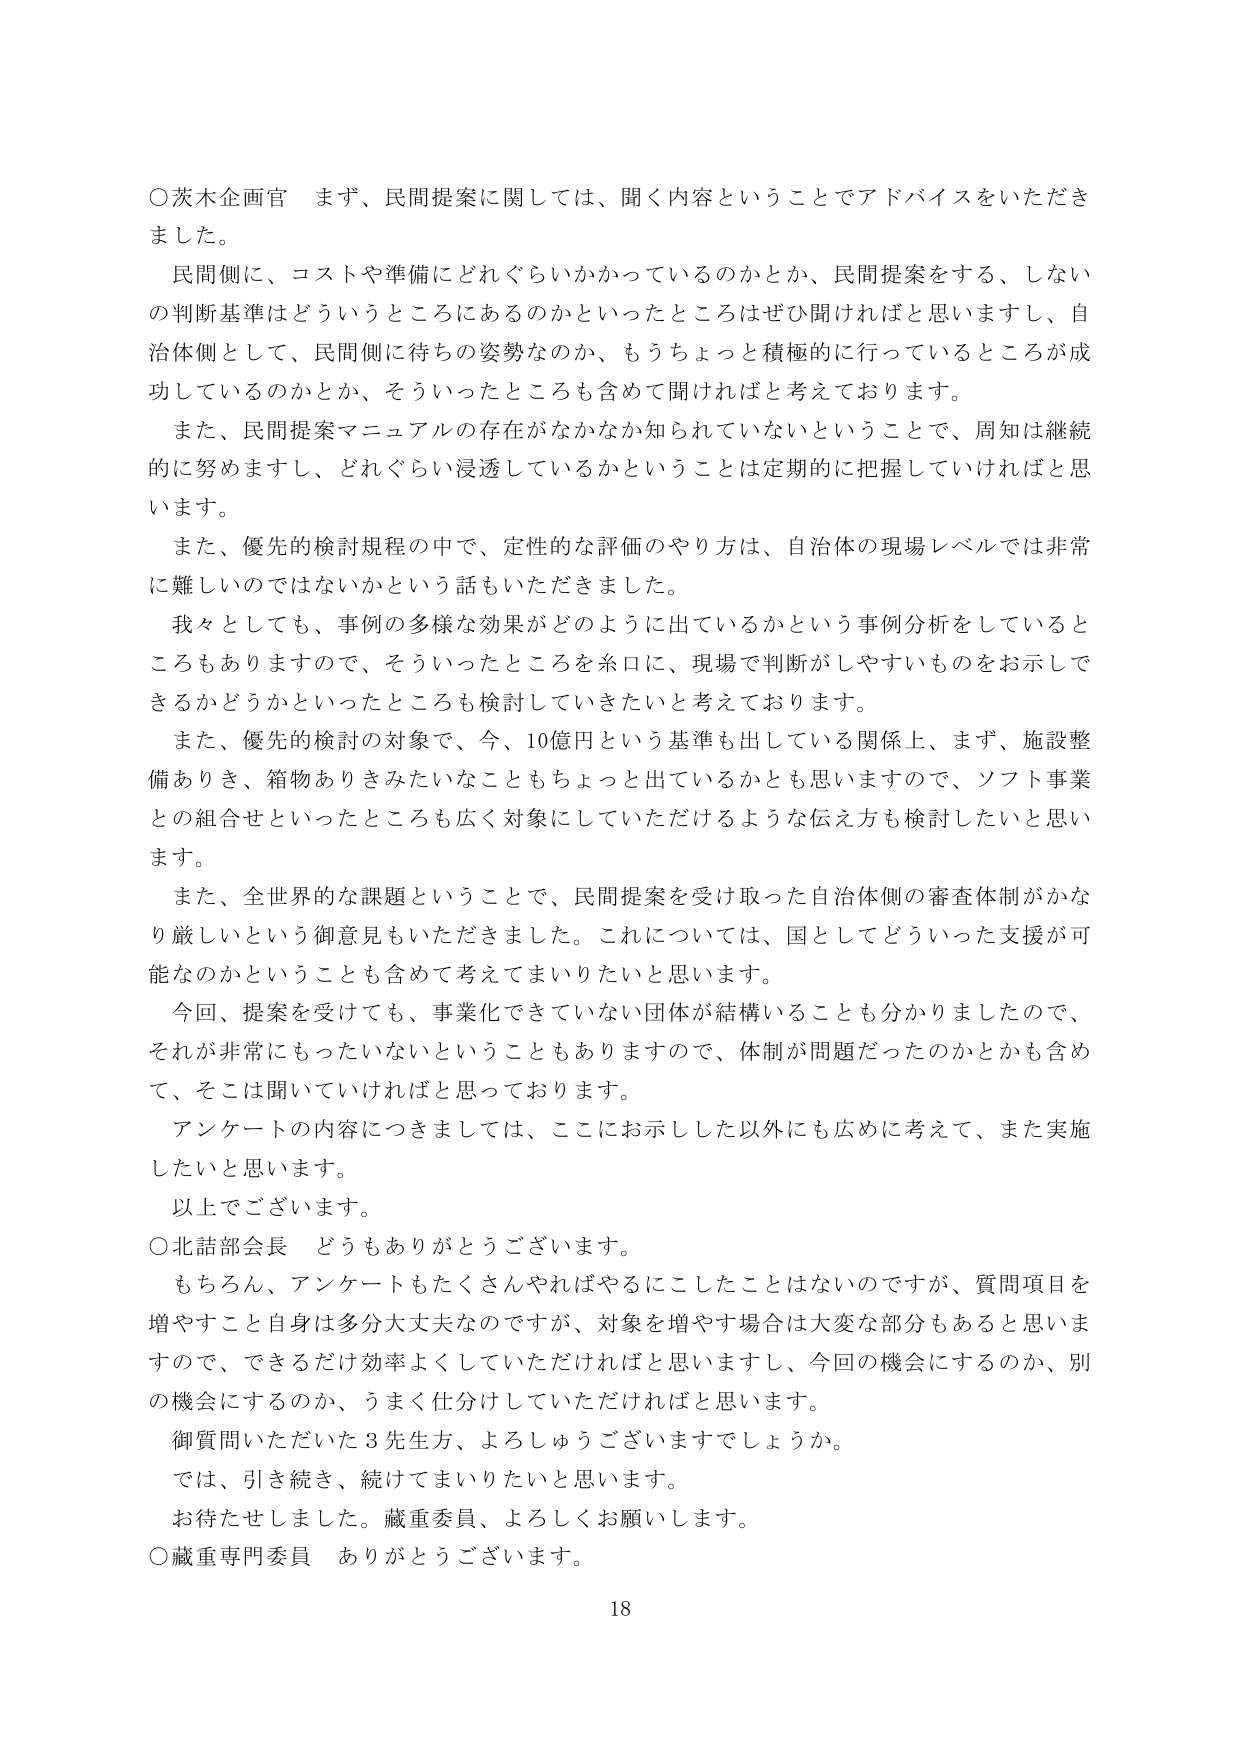
○茨木企画官　まず、民間提案に関しては、聞く内容ということでアドバイスをいただきました。

民間側に、コストや準備にどれぐらいかかっているのかとか、民間提案をする、しないの判断基準はどういうところにあるのかといったところはぜひ聞ければと思いますし、自治体側として、民間側に待ちの姿勢なのか、もうちょっと積極的に行っているところが成功しているのかとか、そういったところも含めて聞ければと考えております。

また、民間提案マニュアルの存在がなかなか知られていないということで、周知は継続的に努めますし、どれぐらい浸透しているかということは定期的に把握していければと思います。

また、優先的検討規程の中で、定性的な評価のやり方は、自治体の現場レベルでは非常に難しいのではないかという話もいただきました。

我々としても、事例の多様な効果がどのように出ているかという事例分析をしているところもありますので、そういったところを糸口に、現場で判断がしやすいものをお示しできるかどうかといったところも検討していきたいと考えております。

また、優先的検討の対象で、今、10億円という基準も出している関係上、まず、施設整備ありき、箱物ありきみたいなこともちょっと出ているかとも思いますので、ソフト事業との組合せといったところも広く対象にしていただけるような伝え方も検討したいと思います。

また、全世界的な課題ということで、民間提案を受け取った自治体側の審査体制がかなり厳しいという御意見もいただきました。これについては、国としてどういった支援が可能なのかということも含めて考えてまいりたいと思います。

今回、提案を受けても、事業化できていない団体が結構いることも分かりましたので、それが非常にもったいないということもありますので、体制が問題だったのかかも含めて、そこは聞いていければと思っております。

アンケートの内容につきましては、ここにお示しした以外にも広めに考えて、また実施したいと思います。

以上でございます。

○北詰部会長　どうもありがとうございます。

もちろん、アンケートもたくさんやればやるにこしたことはないのですが、質問項目を増やすこと自身は多分大丈夫なのですが、対象を増やす場合は大変な部分もあると思いますので、できるだけ効率よくしていただければと思いますし、今回の機会にするのか、別の機会にするのか、うまく仕分けしていただければと思います。

御質問いただいた3先生方、よろしゅうございますでしょうか。

では、引き続き、続けてまいりたいと思います。

お待たせしました。蔵重委員、よろしくお願いします。

○蔵重専門委員　ありがとうございます。

18